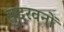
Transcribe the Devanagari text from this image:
सुंदरवनों